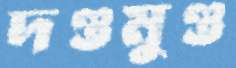
দণ্ডমুণ্ড